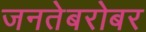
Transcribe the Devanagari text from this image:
जनतेबरोबर